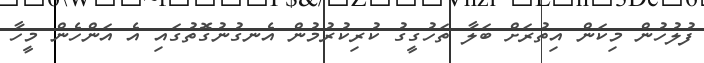
ފުލުހުން މިކަން އިތުރަށް ބަލާ ތަހުގީގު ކުރިކުރުމުން އެނގުނުގޮތުގައި އެ އަންހެން މީހާ